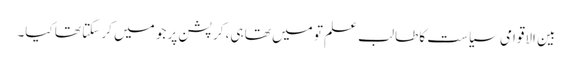
بین الاقوامی سیاست کا طالب علم تو میں تھا ہی، کرپشن پر جو میں کر سکتا تھا کیا۔